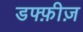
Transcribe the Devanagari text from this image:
डफ्फ़ीज़